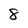
Character: 8